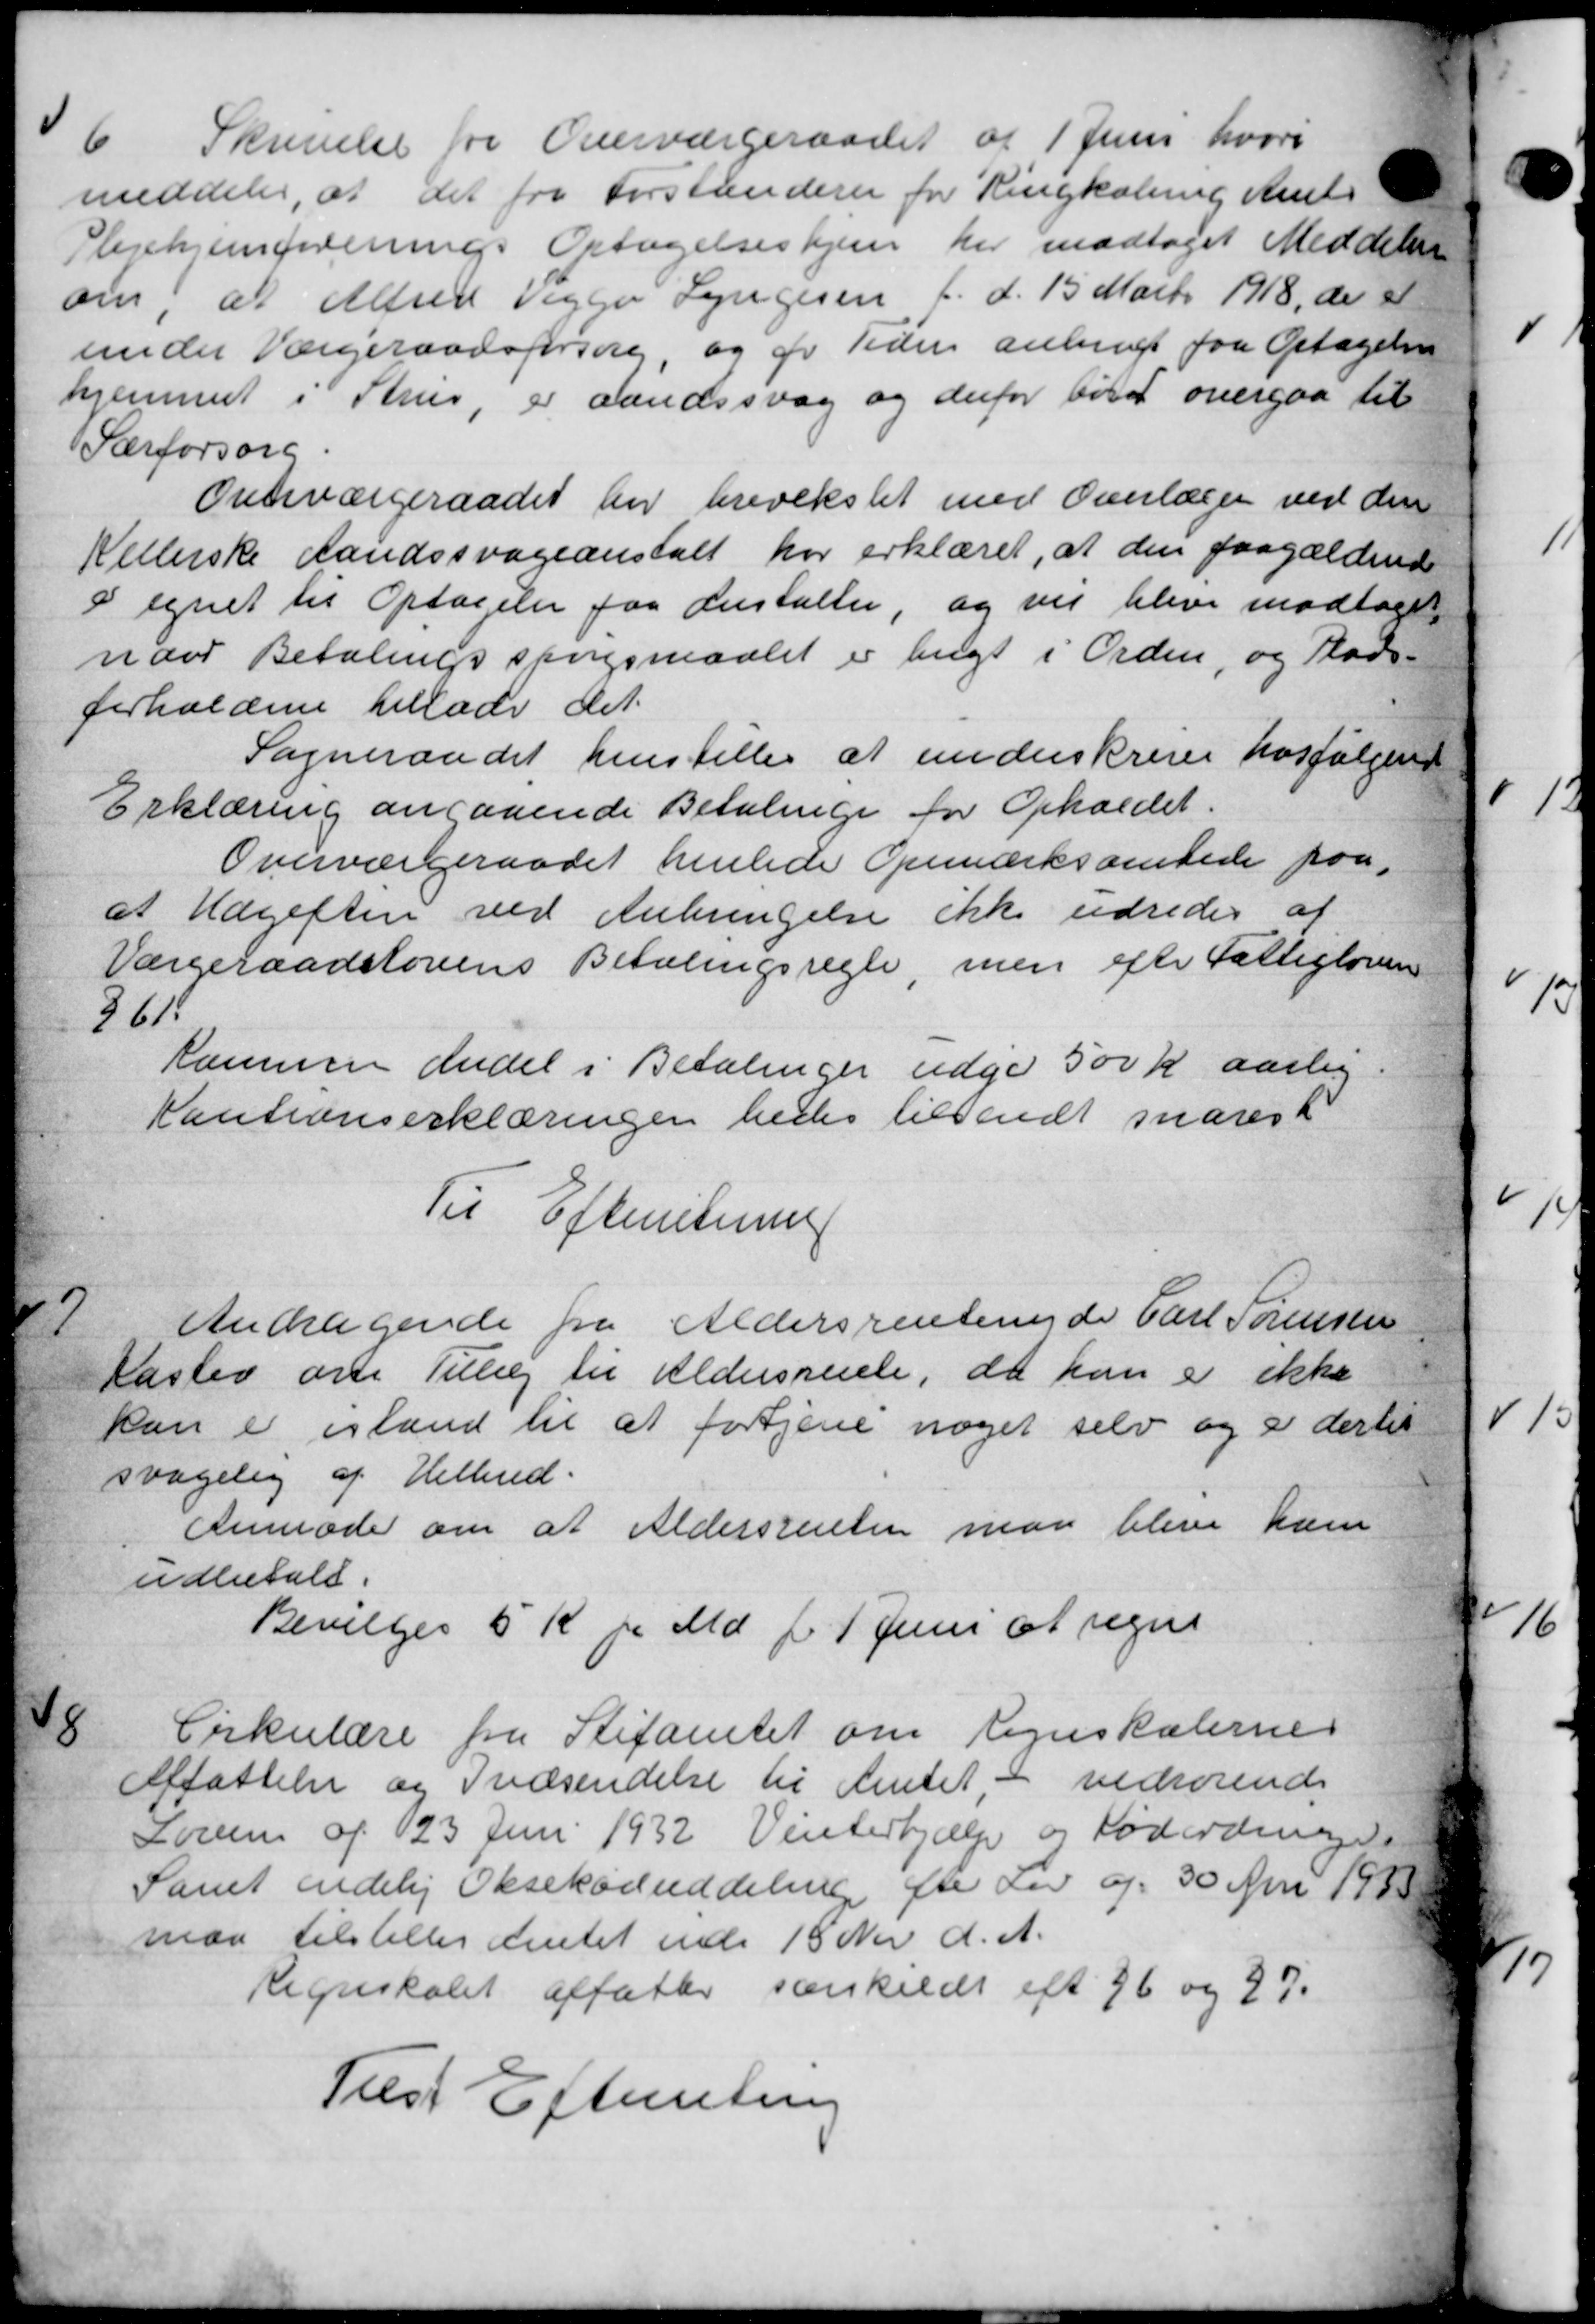
Transskription:
6
Skrivelse fra Overværgeraadet af 1 Juni hvori
meddeler, at det fra Forstanderen for Ringkøbing Amts
Plejehjemforenings Optagelseshjem her modtaget Meddelelse
om, at Alfred Viggo Lyngesen f. d. 15 Marts 1918, de er
under Værgeraadsforsorg, og pr Tiden anbragt paa Optagelsen
hjemmet i Thrus, er aandssvag og derfor bør overgaa til
Særforsorg.
Overværgeraadet har hvvekslet med Overlæger ved den
Kellerske Landssvageanstalt har erklæret, at den paagældende
i egnet til Optagelse paa Anstalter, og vil blive modtaget
noor Betalingsspørgsmaalet er bugt i Orden, og Plads-
forholdene tillade det
Sogneraadet henstilles at underskreve hosfølgende
Erklæring angaaende Betalinge for Opholdet.
Overværgeraadet henlede Opmærksamlede paa
at Udgiften ved Anbringelse ikke udredes af
Værgeraadslovens Betalingsregle, men efter Fattiglovens
361
Kammen andel i Betalinger udge 500 Kr aarlig.
Kautionserklæringen hedes tilsendt snarest
Til Efterretning
7
Andragende fra Aldersrentenyde Carl Sørensen
Kaslev om Tillæg til Aldersrente, da han er ikke
kan er istand til at fortjene noget selv og i dertil
svagelig af Hilbud.
Anmoder om at Aldersrenten maa blive ham
udbetalt.
Bevilges 5 Kr pr Md. f. 1. Juni at regne
8
Cirkulære fra Stifamtet om Regnskabernes
Affattelse og Indsendelse til Amtet, - vedrørende
Loven af 23 Juni 1932 Vinterhjælp og Foderdinge
Samt endelig Oksekøduddeling fr Lov af 30 Aar 1933
maa tilstilles Amtet ende 18 Nr d. A.
Regnskabet affatter sænkeldt eft 96 og 27.
Tilst Efterretning